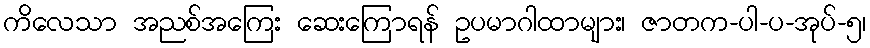
ကိလေသာ အညစ်အကြေး ဆေးကြောရန် ဥပမာဂါထာများ၊ ဇာတက-ပါ-ပ-အုပ်-၅၊